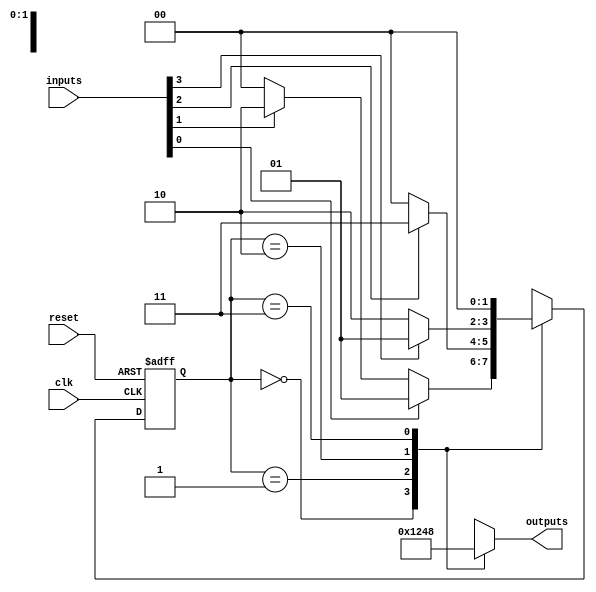
module parameterized_state_machine #(
    parameter NUM_STATES = 4,          // Total number of states
    parameter STATE_WIDTH = $clog2(NUM_STATES), // Bit-width for state representation
    parameter RESET_STATE = 0           // Reset state
)(
    input wire clk,                     // Clock signal
    input wire reset,                   // Reset signal
    input wire [NUM_STATES-1:0] inputs, // Input signals for state transitions
    output reg [NUM_STATES-1:0] outputs // Output signals based on states
);

    // State register
    reg [STATE_WIDTH-1:0] current_state, next_state;

    // State transition logic
    always @(*) begin
        case (current_state)
            0: begin
                if (inputs[0]) next_state = 1;
                else if (inputs[1]) next_state = 2;
                else next_state = 0;
            end
            1: begin
                if (inputs[2]) next_state = 3;
                else next_state = 0;
            end
            2: begin
                if (inputs[3]) next_state = 1;
                else next_state = 2;
            end
            3: begin
                next_state = 0; // Default transition
            end
            default: next_state = RESET_STATE; // Fallback
        endcase
    end

    // State register update on clock edge
    always @(posedge clk or posedge reset) begin
        if (reset) begin
            current_state <= RESET_STATE; // Initialize to reset state
        end else begin
            current_state <= next_state; // Update to next state
        end
    end

    // Output logic based on current state
    always @(*) begin
        case (current_state)
            0: outputs = 4'b0001; // Example output for state 0
            1: outputs = 4'b0010; // Example output for state 1
            2: outputs = 4'b0100; // Example output for state 2
            3: outputs = 4'b1000; // Example output for state 3
            default: outputs = 4'b0000; // Default output
        endcase
    end

endmodule